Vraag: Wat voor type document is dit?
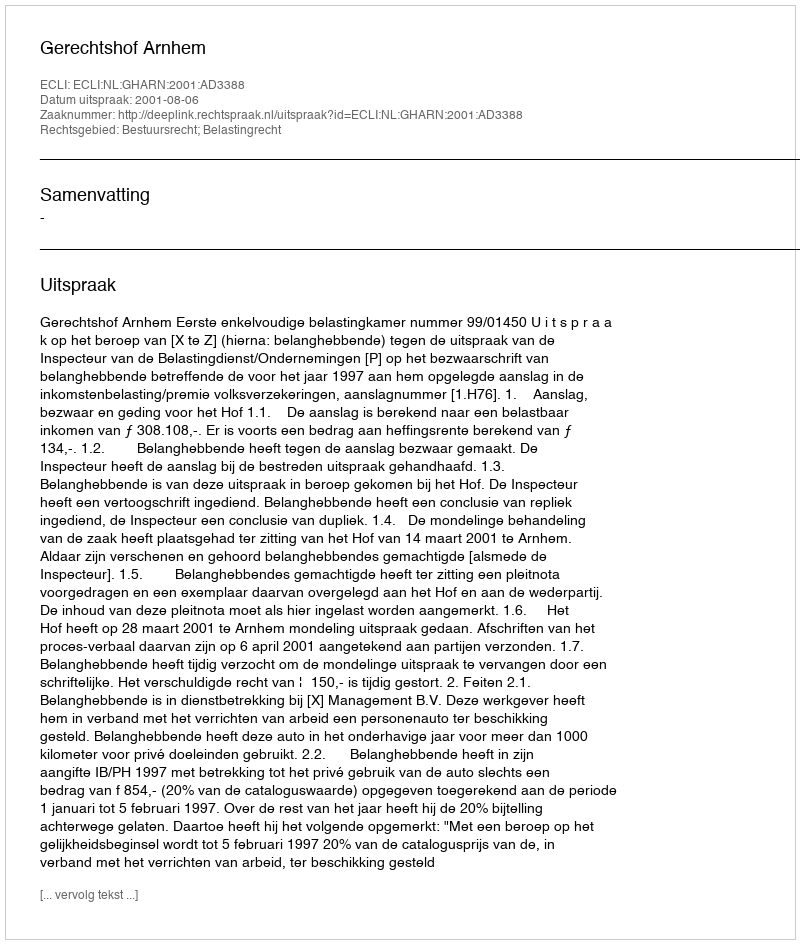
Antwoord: Uitspraak